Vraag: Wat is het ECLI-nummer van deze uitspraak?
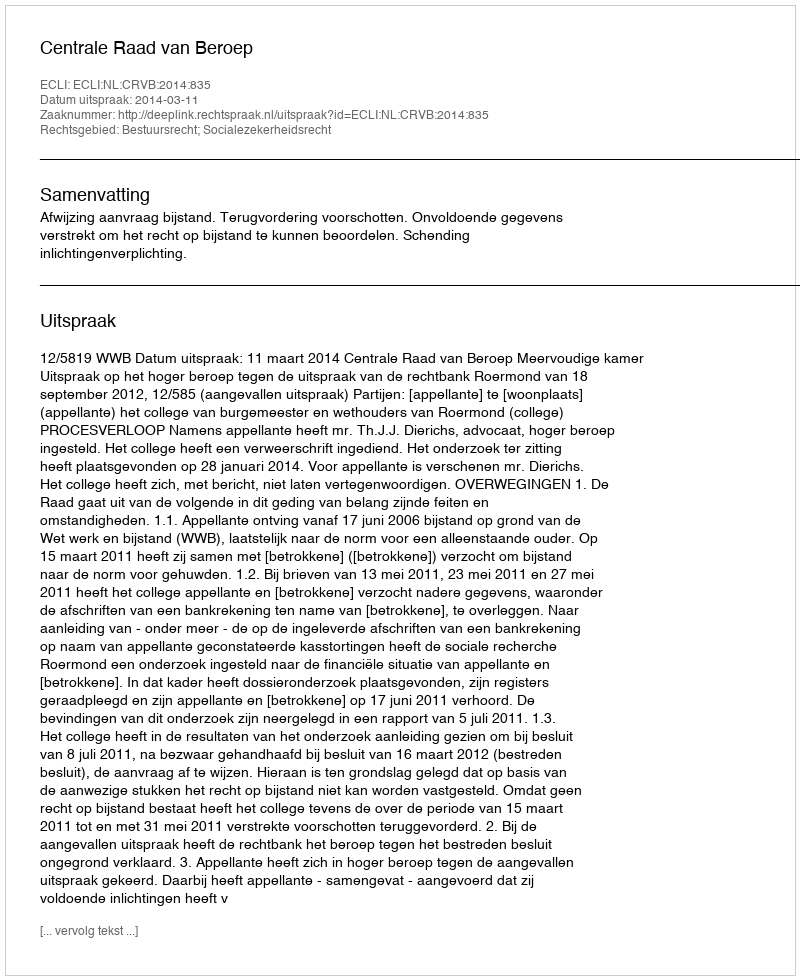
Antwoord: ECLI:NL:CRVB:2014:835